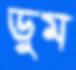
ডুম